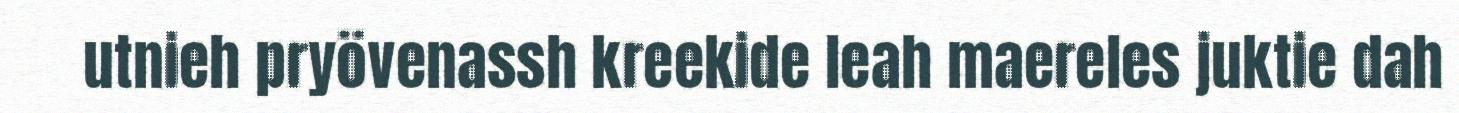
utnieh pryövenassh kreekide leah maereles juktie dah